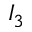
I _ { 3 }